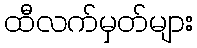
ထီလက်မှတ်များ